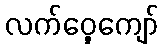
လက်ဝှေ့ကျော်